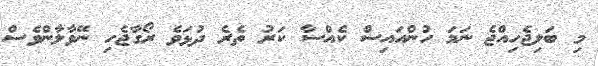
މި ބަލިޖެހިއްޖެ ނަމަ ހުންއައިސް ކެއްސާ ކަރު ތެރެ ދުޅަވެ ރޯގާޖެހި ނޭވާލާންވެސް